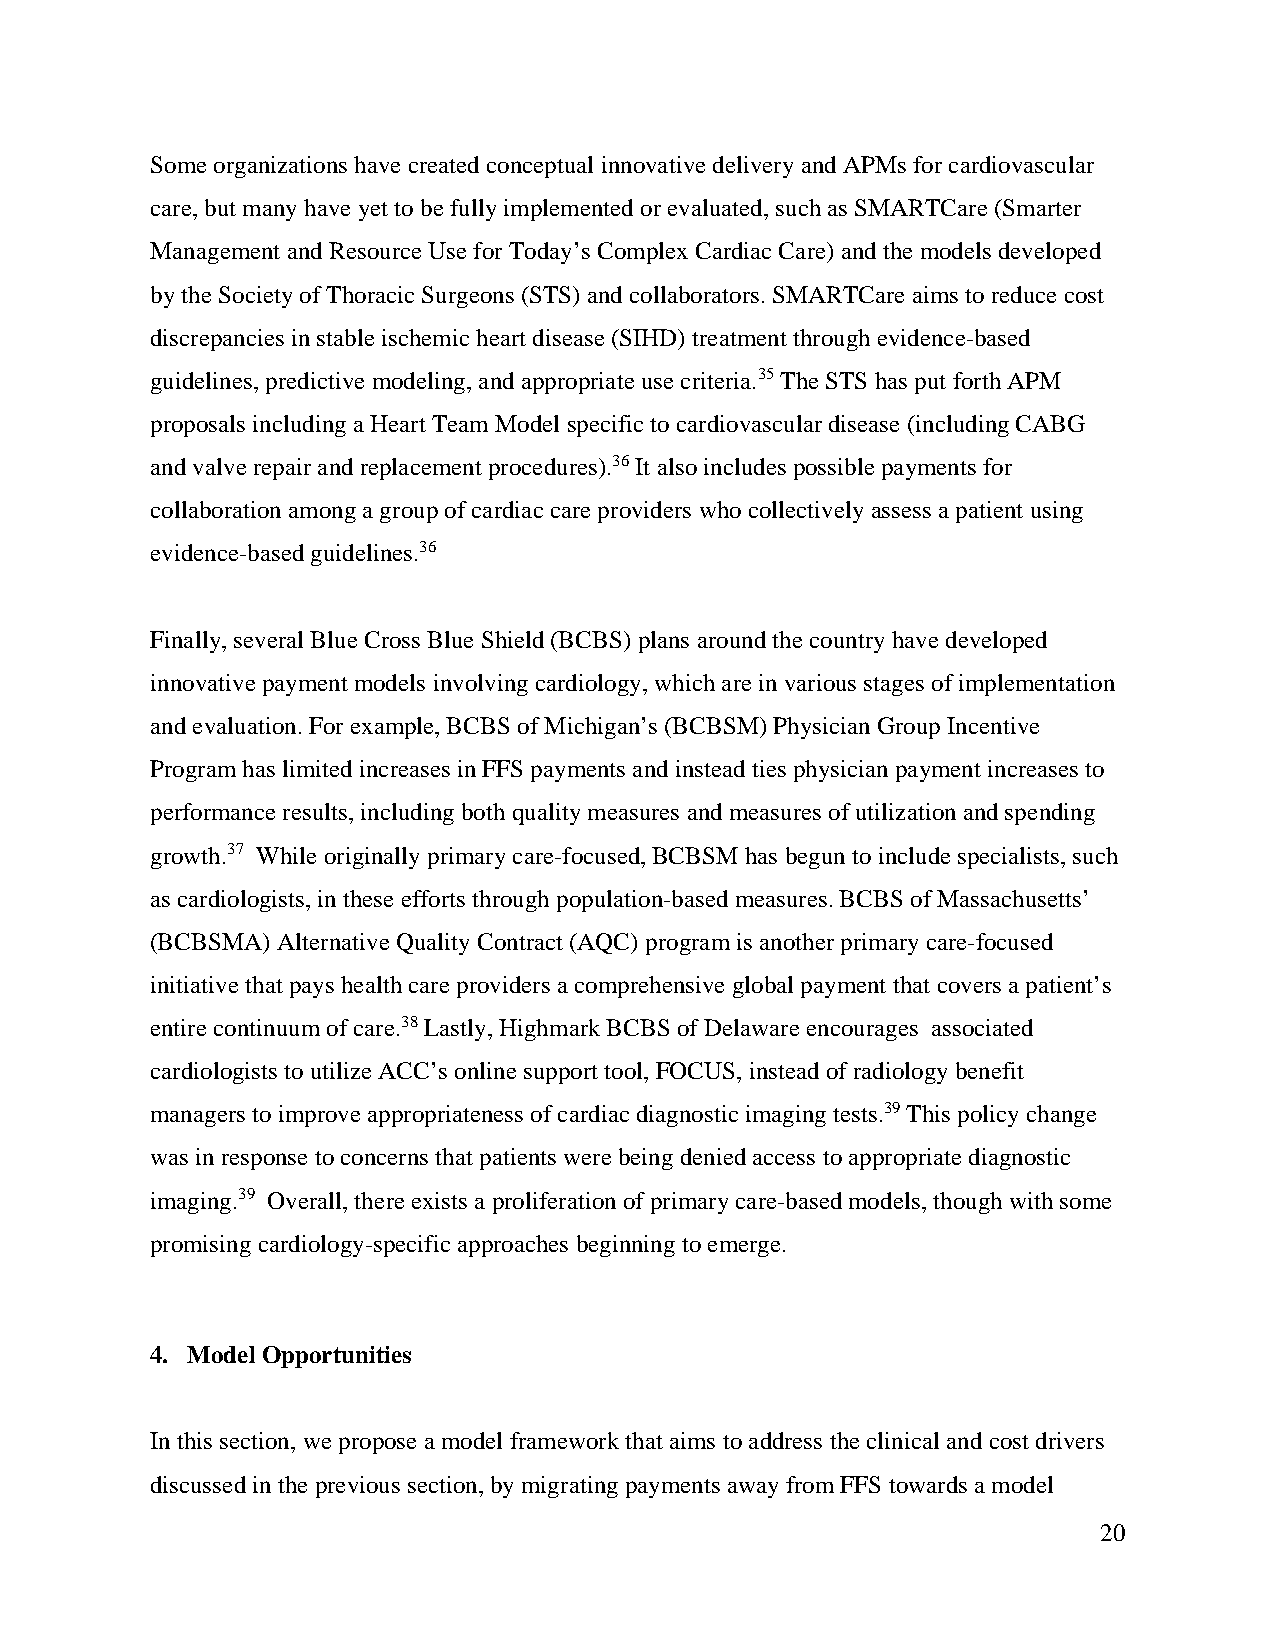
Some organizations have created conceptual innovative delivery and APMs for cardiovascular
 care, but many have yet to be fully implemented or evaluated, such as SMARTCare (Smarter
 Management and Resource Use for Today’s Complex Cardiac Care) and the models developed
 by the Society of Thoracic Surgeons (STS) and collaborators. SMARTCare aims to reduce cost
 discrepancies in stable ischemic heart disease (SIHD) treatment through evidence-based
 guidelines, predictive modeling, and appropriate use criteria.35 The STS has put forth APM
 proposals including a Heart Team Model specific to cardiovascular disease (including CABG
 and valve repair and replacement procedures).36 It also includes possible payments for
 collaboration among a group of cardiac care providers who collectively assess a patient using
 evidence-based guidelines.36
 Finally, several Blue Cross Blue Shield (BCBS) plans around the country have developed
 innovative payment models involving cardiology, which are in various stages of implementation
 and evaluation. For example, BCBS of Michigan’s (BCBSM) Physician Group Incentive
 Program has limited increases in FFS payments and instead ties physician payment increases to
 performance results, including both quality measures and measures of utilization and spending
 growth.37 While originally primary care-focused, BCBSM has begun to include specialists, such
 as cardiologists, in these efforts through population-based measures. BCBS of Massachusetts’
 (BCBSMA) Alternative Quality Contract (AQC) program is another primary care-focused
 initiative that pays health care providers a comprehensive global payment that covers a patient’s
 entire continuum of care.38 Lastly, Highmark BCBS of Delaware encourages associated
 cardiologists to utilize ACC’s online support tool, FOCUS, instead of radiology benefit
 managers to improve appropriateness of cardiac diagnostic imaging tests.39 This policy change
 was in response to concerns that patients were being denied access to appropriate diagnostic
 imaging.39 Overall, there exists a proliferation of primary care-based models, though with some
 promising cardiology-specific approaches beginning to emerge.
 4. Model Opportunities
 In this section, we propose a model framework that aims to address the clinical and cost drivers
 discussed in the previous section, by migrating payments away from FFS towards a model
 20